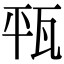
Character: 㼞